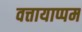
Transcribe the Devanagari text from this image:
वत्तायाप्पम